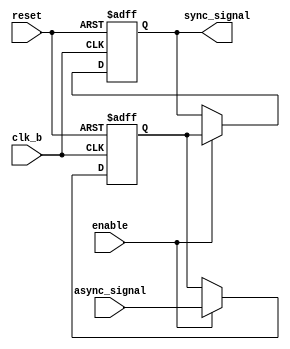
module signal_level_crossing_synchronizer (
    input wire async_signal,    // Input signal from source clock domain
    input wire clk_b,           // Destination clock
    input wire reset,           // Optional reset signal
    input wire enable,          // Optional enable signal
    output reg sync_signal      // Synchronized output signal
);

    // Internal registers for synchronization stages
    reg dff1_out; // Output of the first DFF

    // Synchronization logic
    always @(posedge clk_b or posedge reset) begin
        if (reset) begin
            dff1_out <= 1'b0; // Initialize the first DFF output on reset
            sync_signal <= 1'b0; // Initialize the final output on reset
        end else if (enable) begin
            dff1_out <= async_signal; // Sample async_signal on clk_b edge
            sync_signal <= dff1_out;   // Sample output of first DFF
        end
    end

endmodule